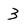
Character: 3